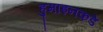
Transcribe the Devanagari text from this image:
हुमाइनकडे